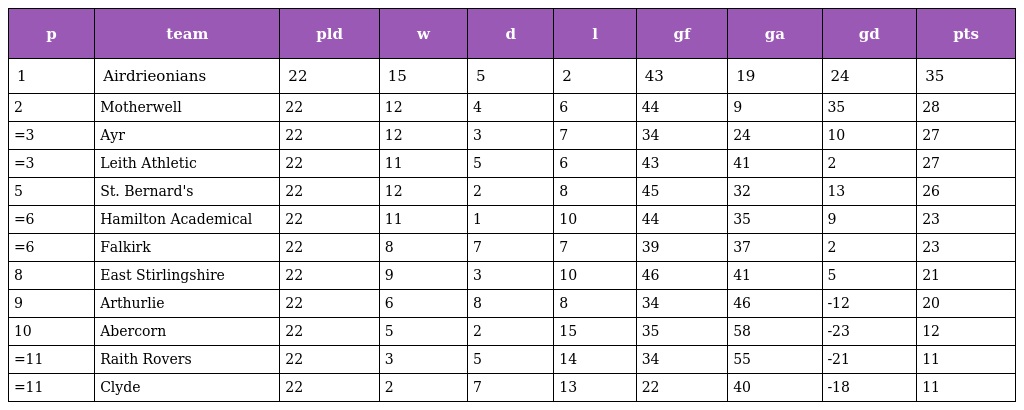
| p | team | pld | w | d | l | gf | ga | gd | pts |
 | --- | --- | --- | --- | --- | --- | --- | --- | --- | --- |
 | 1 | Airdrieonians | 22 | 15 | 5 | 2 | 43 | 19 | 24 | 35 |
 | 2 | Motherwell | 22 | 12 | 4 | 6 | 44 | 9 | 35 | 28 |
 | =3 | Ayr | 22 | 12 | 3 | 7 | 34 | 24 | 10 | 27 |
 | =3 | Leith Athletic | 22 | 11 | 5 | 6 | 43 | 41 | 2 | 27 |
 | 5 | St. Bernard's | 22 | 12 | 2 | 8 | 45 | 32 | 13 | 26 |
 | =6 | Hamilton Academical | 22 | 11 | 1 | 10 | 44 | 35 | 9 | 23 |
 | =6 | Falkirk | 22 | 8 | 7 | 7 | 39 | 37 | 2 | 23 |
 | 8 | East Stirlingshire | 22 | 9 | 3 | 10 | 46 | 41 | 5 | 21 |
 | 9 | Arthurlie | 22 | 6 | 8 | 8 | 34 | 46 | -12 | 20 |
 | 10 | Abercorn | 22 | 5 | 2 | 15 | 35 | 58 | -23 | 12 |
 | =11 | Raith Rovers | 22 | 3 | 5 | 14 | 34 | 55 | -21 | 11 |
 | =11 | Clyde | 22 | 2 | 7 | 13 | 22 | 40 | -18 | 11 |